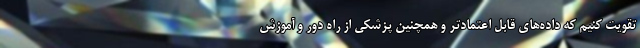
تقویت کنیم که داده‌های قابل اعتمادتر و همچنین پزشکی از راه دور و آموزش